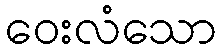
ဝေးလံသော